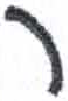
אות: ר